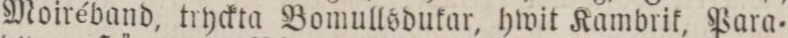
Moiréband, tryckta Bomullsdukar, hwit Kambrik, Para=